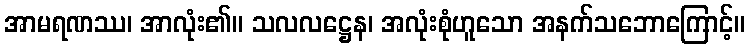
အာမရဏဿ၊ အာလုံး၏။ သလလဋ္ဌေန၊ အလုံးစုံဟူသော အနက်သဘောကြောင့်။